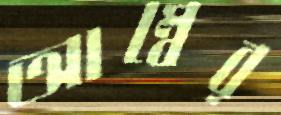
আম্বের